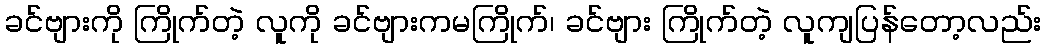
ခင်ဗျားကို ကြိုက်တဲ့ လူကို ခင်ဗျားကမကြိုက်၊ ခင်ဗျား ကြိုက်တဲ့ လူကျပြန်တော့လည်း